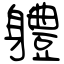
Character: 軆